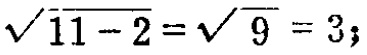
$\sqrt{11 - 2}=\sqrt{9}=3;$